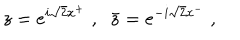
LaTeX: z = e ^ { i \sqrt 2 x ^ { + } } \; , \; \; \bar { z } = e ^ { - i \sqrt 2 x ^ { - } } \; ,